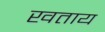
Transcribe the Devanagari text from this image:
खताय